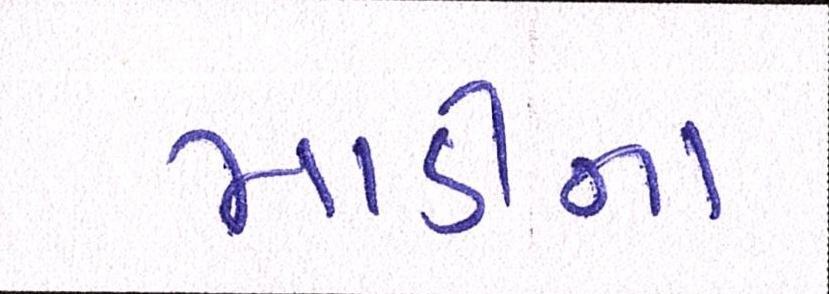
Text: માડીના